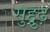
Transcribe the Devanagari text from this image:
सुद्दुृढ़